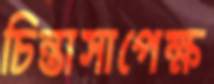
চিন্তাসাপেক্ষ